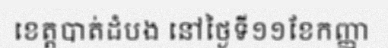
ខេត្តបាត់ដំបង នៅថ្ងៃទី១១ខែកញ្ញា